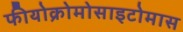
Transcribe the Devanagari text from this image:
फीयोक्रोमोसाइटोमास